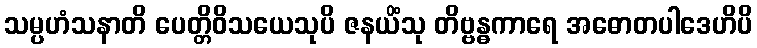
သမ္ပဟံသနာတိ ပေတ္တိဝိသယေသုပိ ဇနယိံသု တိဗ္ဗန္ဓကာရေ အဓောတပါဒေဟိပိ